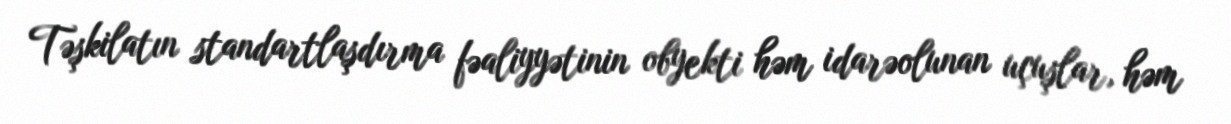
Təşkilatın standartlaşdırma fəaliyyətinin obyekti həm idarəolunan uçuşlar, həm